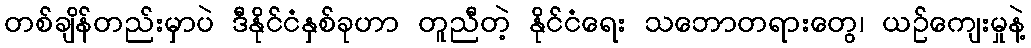
တစ်ချိန်တည်းမှာပဲ ဒီနိုင်ငံနှစ်ခုဟာ တူညီတဲ့ နိုင်ငံရေး သဘောတရားတွေ၊ ယဉ်ကျေးမှုနဲ့